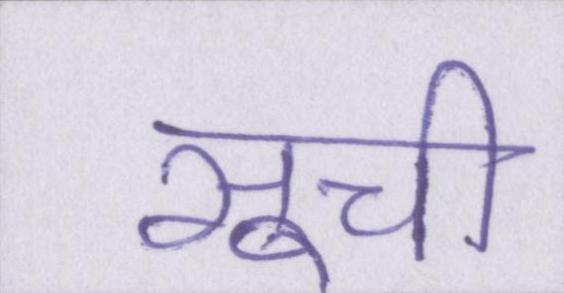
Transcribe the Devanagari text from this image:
सूची